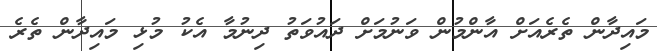
މައިދާން ތެރެއަށް އާންމުން ވަނުމަށް ދައުވަތު ދިނުމާ އެކު މުޅި މައިދާން ތެރެ